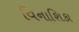
વિનાશિકા